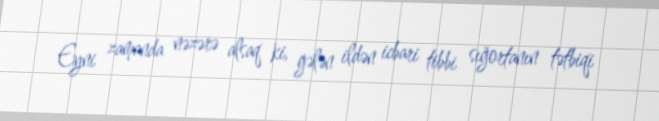
Eyni zamanda nəzərə alsaq ki, gələn ildən icbari tibbi sığortanın tətbiqi